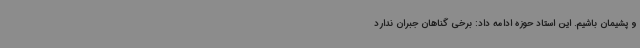
و پشیمان باشیم. این استاد حوزه ادامه داد: برخی گناهان جبران ندارد